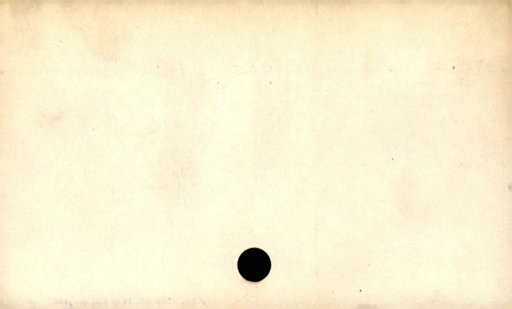
Label: blank